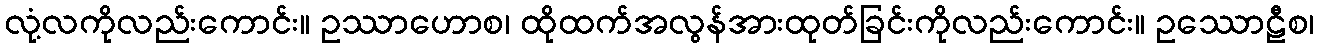
လုံ့လကိုလည်းကောင်း။ ဥဿာဟောစ၊ ထိုထက်အလွန်အားထုတ်ခြင်းကိုလည်းကောင်း။ ဥဿောဠီစ၊